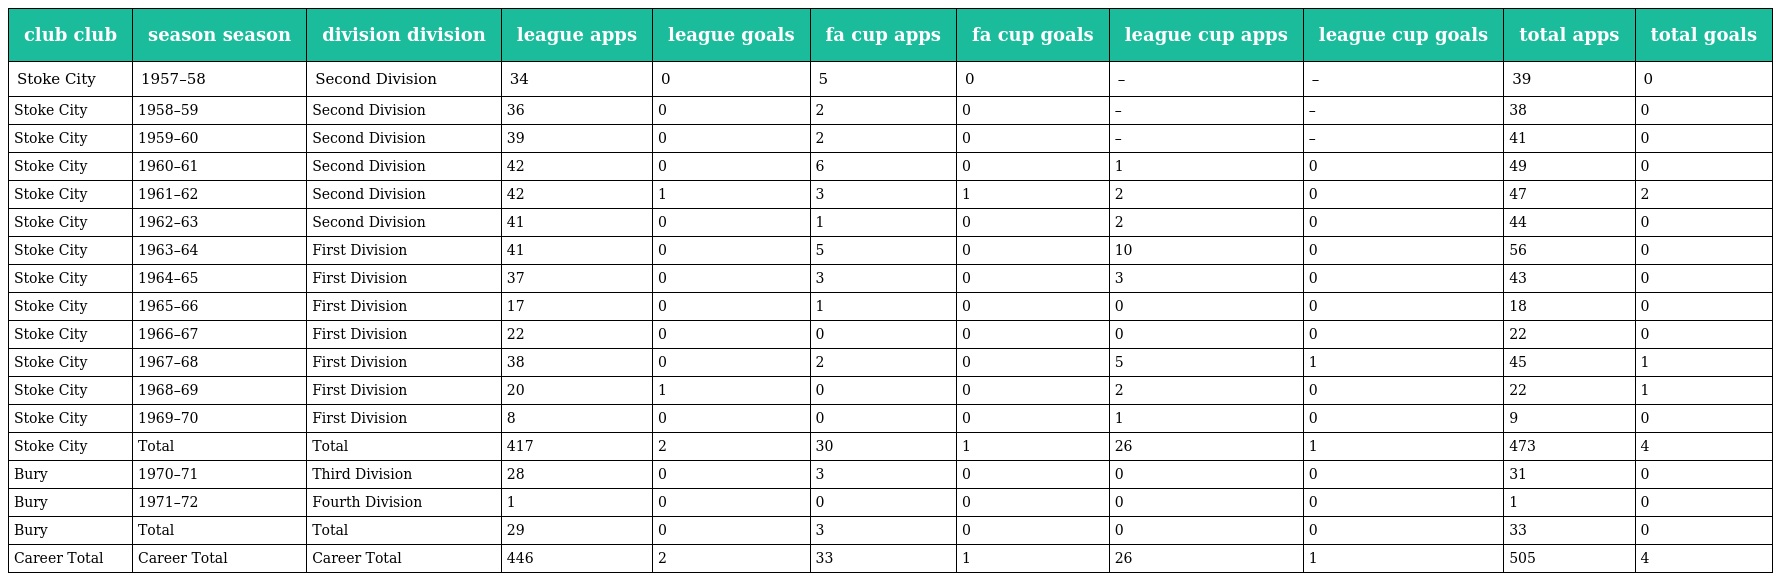
| club club | season season | division division | league apps | league goals | fa cup apps | fa cup goals | league cup apps | league cup goals | total apps | total goals |
 | --- | --- | --- | --- | --- | --- | --- | --- | --- | --- | --- |
 | Stoke City | 1957–58 | Second Division | 34 | 0 | 5 | 0 | – | – | 39 | 0 |
 | Stoke City | 1958–59 | Second Division | 36 | 0 | 2 | 0 | – | – | 38 | 0 |
 | Stoke City | 1959–60 | Second Division | 39 | 0 | 2 | 0 | – | – | 41 | 0 |
 | Stoke City | 1960–61 | Second Division | 42 | 0 | 6 | 0 | 1 | 0 | 49 | 0 |
 | Stoke City | 1961–62 | Second Division | 42 | 1 | 3 | 1 | 2 | 0 | 47 | 2 |
 | Stoke City | 1962–63 | Second Division | 41 | 0 | 1 | 0 | 2 | 0 | 44 | 0 |
 | Stoke City | 1963–64 | First Division | 41 | 0 | 5 | 0 | 10 | 0 | 56 | 0 |
 | Stoke City | 1964–65 | First Division | 37 | 0 | 3 | 0 | 3 | 0 | 43 | 0 |
 | Stoke City | 1965–66 | First Division | 17 | 0 | 1 | 0 | 0 | 0 | 18 | 0 |
 | Stoke City | 1966–67 | First Division | 22 | 0 | 0 | 0 | 0 | 0 | 22 | 0 |
 | Stoke City | 1967–68 | First Division | 38 | 0 | 2 | 0 | 5 | 1 | 45 | 1 |
 | Stoke City | 1968–69 | First Division | 20 | 1 | 0 | 0 | 2 | 0 | 22 | 1 |
 | Stoke City | 1969–70 | First Division | 8 | 0 | 0 | 0 | 1 | 0 | 9 | 0 |
 | Stoke City | Total | Total | 417 | 2 | 30 | 1 | 26 | 1 | 473 | 4 |
 | Bury | 1970–71 | Third Division | 28 | 0 | 3 | 0 | 0 | 0 | 31 | 0 |
 | Bury | 1971–72 | Fourth Division | 1 | 0 | 0 | 0 | 0 | 0 | 1 | 0 |
 | Bury | Total | Total | 29 | 0 | 3 | 0 | 0 | 0 | 33 | 0 |
 | Career Total | Career Total | Career Total | 446 | 2 | 33 | 1 | 26 | 1 | 505 | 4 |